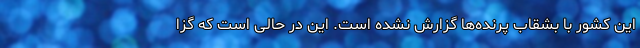
این کشور با بشقاب پرنده‌ها گزارش نشده است. این در حالی است که گزا